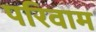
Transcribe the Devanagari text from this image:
परिवाम